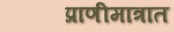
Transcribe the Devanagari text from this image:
प्राणीमात्रात